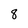
Character: 8